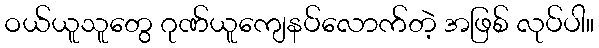
ဝယ်ယူသူတွေ ဂုဏ်ယူကျေနပ်လောက်တဲ့ အဖြစ် လုပ်ပါ။